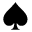
\spadesuit